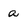
Character: a